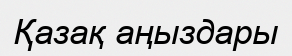
Қазақ аңыздары